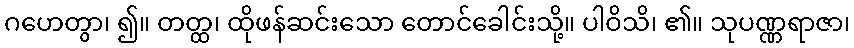
ဂဟေတွာ၊ ၍။ တတ္ထ၊ ထိုဖန်ဆင်းသော တောင်ခေါင်းသို့။ ပါဝိသိ၊ ၏။ သုပဏ္ဏရာဇာ၊